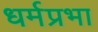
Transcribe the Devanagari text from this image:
धर्मप्रभा